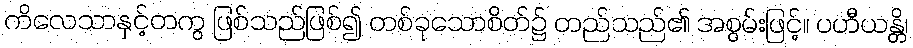
ကိလေသာနှင့်တကွ ဖြစ်သည်ဖြစ်၍ တစ်ခုသောစိတ်၌ တည်သည်၏ အစွမ်းဖြင့်။ ပဟီယန္တိ၊